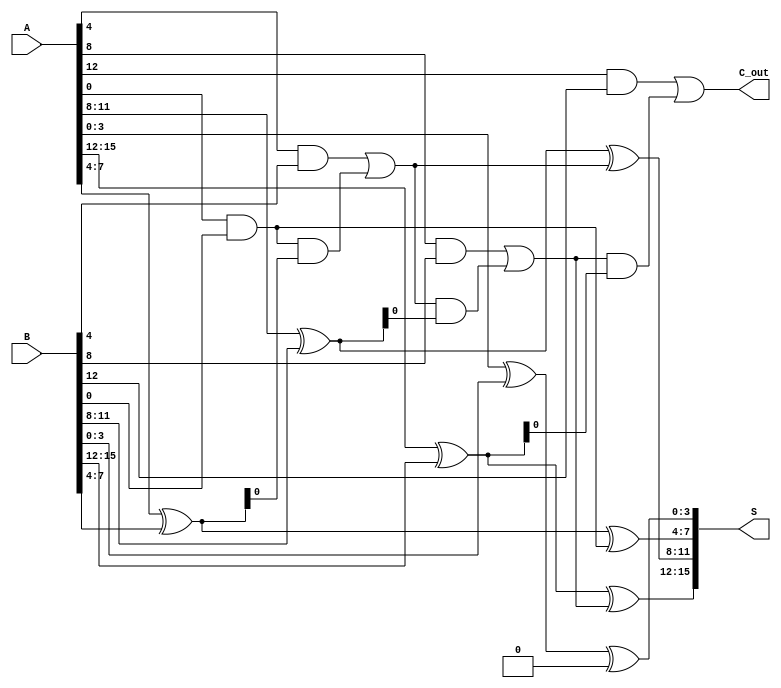
module Han_Carlson_Adder #(parameter N = 16) (
    input  [N-1:0] A,  // First input
    input  [N-1:0] B,  // Second input
    output [N-1:0] S,  // Sum output
    output        C_out // Final carry-out
);

    // Number of blocks
    localparam BLOCK_SIZE = 4;
    localparam NUM_BLOCKS = N / BLOCK_SIZE;

    wire [BLOCK_SIZE-1:0] sum [0:NUM_BLOCKS-1]; // Partial sums
    wire carry_in [0:NUM_BLOCKS-1];              // Carry-in for each block
    wire carry_out [0:NUM_BLOCKS-1];             // Carry-out for each block

    // First block carry-in is always 0
    assign carry_in[0] = 1'b0;

    // Generate sum and carry for each block
    genvar i;
    generate
        for (i = 0; i < NUM_BLOCKS; i = i + 1) begin : BLOCK
            wire [BLOCK_SIZE-1:0] A_block = A[(i+1)*BLOCK_SIZE-1:i*BLOCK_SIZE];
            wire [BLOCK_SIZE-1:0] B_block = B[(i+1)*BLOCK_SIZE-1:i*BLOCK_SIZE];

            // Sum calculation
            assign sum[i] = A_block ^ B_block ^ carry_in[i];

            // Carry generation
            assign carry_out[i] = (A_block & B_block) | (carry_in[i] & (A_block ^ B_block));
            
            // Carry-in for the next block
            if (i < NUM_BLOCKS - 1) begin
                assign carry_in[i + 1] = carry_out[i];
            end
        end
    endgenerate

    // Concatenate the sum outputs
    assign S = {sum[NUM_BLOCKS-1], sum[NUM_BLOCKS-2], sum[NUM_BLOCKS-3], sum[NUM_BLOCKS-4]}; // Adjust for NUM_BLOCKS
    assign C_out = carry_out[NUM_BLOCKS - 1];

endmodule